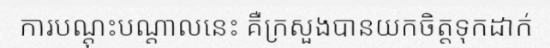
ការបណ្តុះបណ្តាលនេះ គឺក្រសួងបានយកចិត្តទុកដាក់